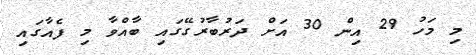
މި މަހު 29 އިން 30 އަށް ދަރުބާރުގޭގައި ބާއްވާ މި ފެއާގައި